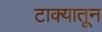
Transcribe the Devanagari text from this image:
टाक्यातून